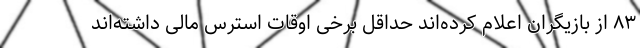
۸۳ از بازیگران اعلام کرده‌اند حداقل برخی اوقات استرس مالی داشته‌اند